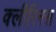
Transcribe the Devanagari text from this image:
क्लीरिनस